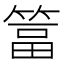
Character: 䈏